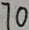
7 0